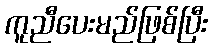
ကူညီပေးမည်ဖြစ်ပြီး